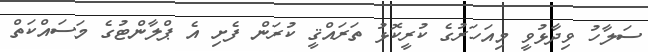
ސަލާހު ވިދާޅުވީ މިއަހަރުގެ ކުރީކޮޅު ތަރައްޤީ ކުރަން ފެށި އެ ޕްލާންޓުގެ މަސައްކަތް